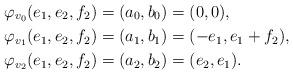
LaTeX: \begin{align*}\varphi_{v_0}(e_1,e_2,f_2) & = (a_0,b_0) = (0,0), \\\varphi_{v_1}(e_1,e_2,f_2) & = (a_1,b_1) = (-e_1,e_1+f_2), \\\varphi_{v_2}(e_1,e_2,f_2) & = (a_2,b_2) = (e_2,e_1).\end{align*}